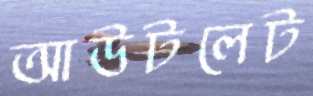
আউটলেট